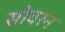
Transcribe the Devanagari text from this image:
सोवरन